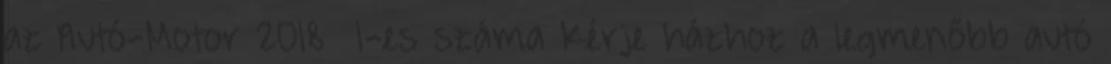
az Autó-Motor 2018 1-es száma Kérje házhoz a legmenőbb autó